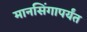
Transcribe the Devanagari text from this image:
मानसिंगापर्यंत